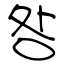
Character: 咎